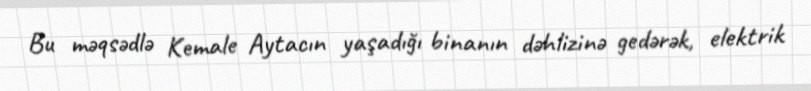
Bu məqsədlə Kemale Aytacın yaşadığı binanın dəhlizinə gedərək, elektrik